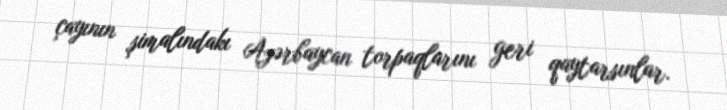
çayının şimalındakı Azərbaycan torpaqlarını geri qaytarsınlar.